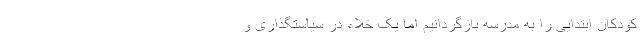
کودکان ابتدایی را به مدرسه بازگردانیم اما یک خلاء‌ در سیاستگذاری و